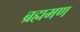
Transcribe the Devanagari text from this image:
ब्रह्ममण